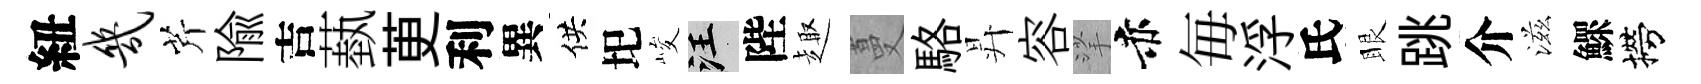
紐几芹隃吉蓺茰利異供圯峻汪陛趣蔓駱昇容挲赤毎浮氏眼跳介滋鰥撈